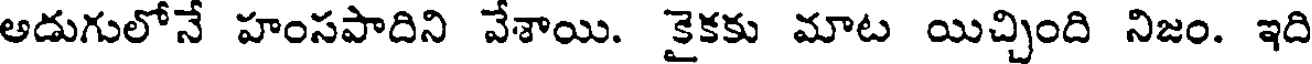
అడుగులోనే హంసపాదిని వేశాయి. కైకకు మాట యిచ్చింది నిజం. ఇది